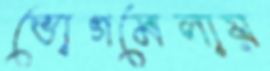
ভোগমেলায়